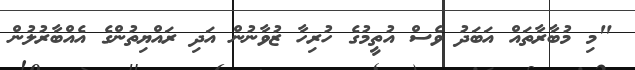
"މި މުބާރާތައް އަބަދު ވެސް އުތީމުގެ ހުރިހާ ޒުވާނުން އަދި ރައްޔިތުންގެ އެއްބާރުލުން